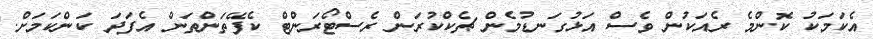
އެކަމަކު ކޮންމެ ރެއަކުން ވެސް އަޅުގަނޑުމެން ޗެކްކުރަން ރެސްޓޯރަންޓް ކެފޭތަންތަން އެފަދަ ކަންކަމަށް.